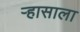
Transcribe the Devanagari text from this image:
ऱ्हासाला